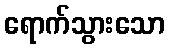
ရောက်သွားသော